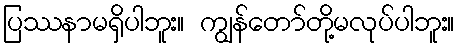
ပြဿနာမရှိပါဘူး။ ကျွန်တော်တို့မလုပ်ပါဘူး။